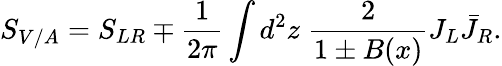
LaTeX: S_{V/A}=S_{LR}\mp\frac{1}{2\pi}\int d^{2}z\; \frac{2}{1\pm B(x)}J_{L}\bar{J}_{R}.